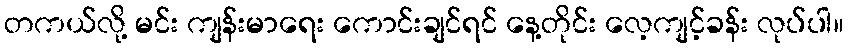
တကယ်လို့ မင်း ကျန်းမာရေး ကောင်းချင်ရင် နေ့တိုင်း လေ့ကျင့်ခန်း လုပ်ပါ။